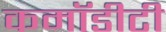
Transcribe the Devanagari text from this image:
कमॉडीटी